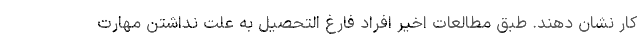
کار نشان دهند. طبق مطالعات اخیر افراد فارغ التحصیل به علت نداشتن مهارت